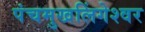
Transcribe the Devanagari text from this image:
पंचमुखलिंगेश्‍वर